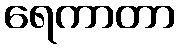
ရေကာတာ